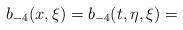
LaTeX: \begin{align*} b_{-4}(x, \xi) = b_{-4}(t, \eta, \xi) = \end{align*}